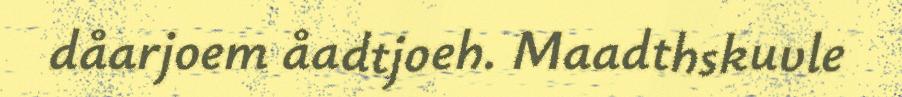
dåarjoem åadtjoeh. Maadthskuvle